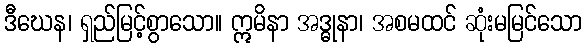
ဒီဃေန၊ ရှည်မြင့်စွာသော။ ဣမိနာ အဒ္ဓုနာ၊ အစမထင် ဆုံးမမြင်သော